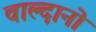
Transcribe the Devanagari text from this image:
वाल्दानो